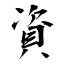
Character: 資